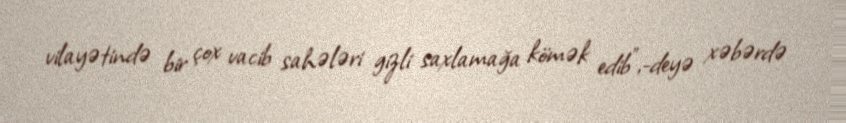
vilayətində bir çox vacib sahələri gizli saxlamağa kömək edib”,-deyə xəbərdə